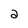
Character: 2